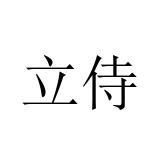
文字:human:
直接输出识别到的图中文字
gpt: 立侍